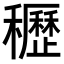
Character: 𥤀